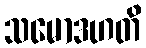
သမောဒဟတိ